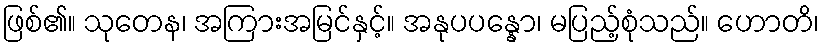
ဖြစ်၏။ သုတေန၊ အကြားအမြင်နှင့်။ အနုပပန္နော၊ မပြည့်စုံသည်။ ဟောတိ၊